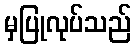
မှပြုလုပ်သည်